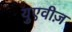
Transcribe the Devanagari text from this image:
युएवीज़